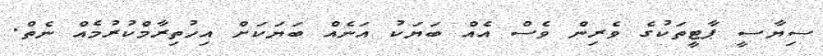
ސިޔާސީ ޕާޓީތަކުގެ ވެރިން ވެސް އެއް ބަޔަކު އަނެއް ބަޔަކަށް އިހުތިރާމްކުރުމެއް ނެތް.